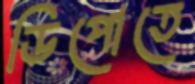
ডিপোতে